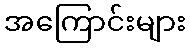
အကြောင်းများ